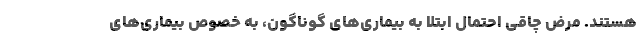
هستند. مرض چاقی احتمال ابتلا به بیماری‌های گوناگون، به خصوص بیماری‌های